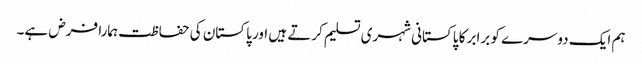
ہم ایک دوسرے کو برابر کا پاکستانی شہری تسلیم کرتے ہیں اور پاکستان کی حفاظت ہمارا فرض ہے۔